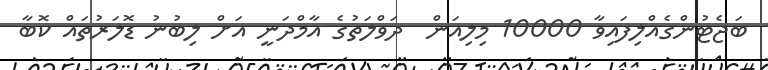
ބަޖެޓުންގެއްލިފައިވާ 10000 މިލިއަން  ދަވްލަތުގެ އާމްދަނީ އަށް ލިބުނު ޑޮލަރުތައް ކޮބާ